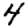
Digit: 4